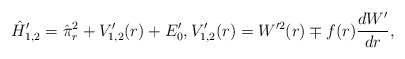
\begin{align*} \hat{H}'_{1,2} = \hat{\pi}_r^2 + V'_{1,2}(r) + E'_0, V'_{1,2}(r) = W^{\prime2}(r) \mp f(r) \frac{dW'}{dr}, \end{align*}